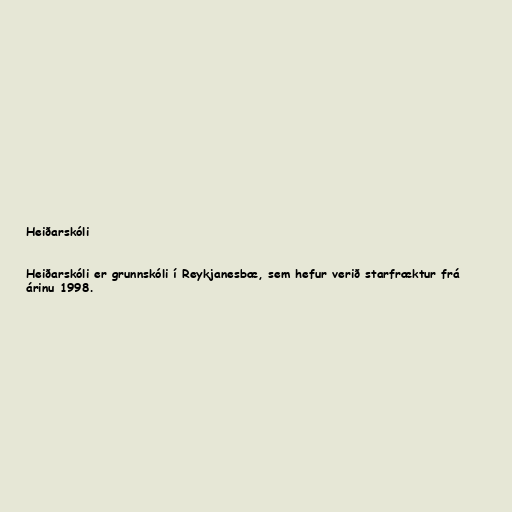
Heiðarskóli

Heiðarskóli er grunnskóli í Reykjanesbæ, sem hefur verið starfræktur frá
árinu 1998.